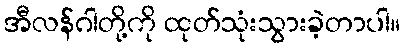
အီလန်ဂါတို့ကို ထုတ်သုံးသွားခဲ့တာပါ။